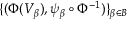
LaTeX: \{ ( \Phi ( V _ { \beta } ) , \psi _ { \beta } \circ \Phi ^ { - 1 } ) \} _ { \beta \in B }